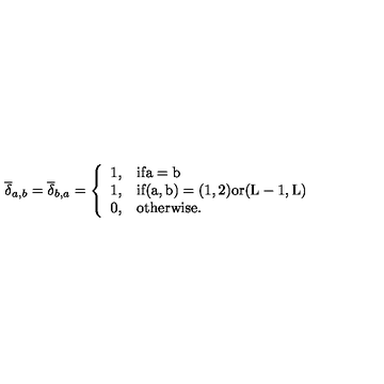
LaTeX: \overline { { \delta } } _ { a , b } = \overline { { \delta } } _ { b , a } = \left\{ \begin{array} { l l } { 1 , } & { \mathrm { i f a = b } } \\ { 1 , } & { \mathrm { i f ( a , b ) = ( 1 , 2 ) o r ( L - 1 , L ) } } \\ { 0 , } & { \mathrm { o t h e r w i s e . } } \\ \end{array} \right.